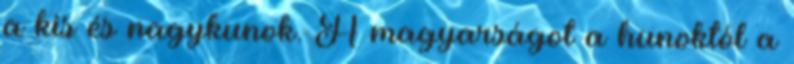
a kis és nagykunok. A magyarságot a hunoktól a